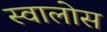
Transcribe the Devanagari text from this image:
स्वालोस